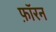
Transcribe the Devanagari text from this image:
फ़ॉरन